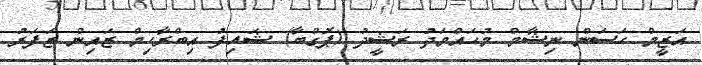
އަޒީމް ހަސަން ނިޝާމް މުހައްމަދު ރަޝީދު (ޕޮގްބާ) ޝައިފު އިބްރާހިމް ޒައިން ޒަފަރު